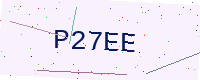
Text: P27EE